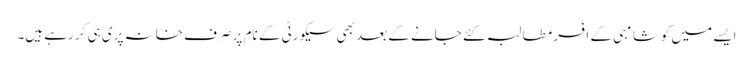
ایسے میں کوشامبی کے افسر مطالبہ کئے جانے کے بعد بھی سیکورٹی کے نام پر صرف خانہ پری ہی کر رہے ہیں۔